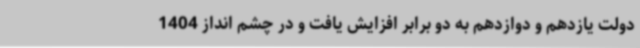
دولت یازدهم و دوازدهم به دو برابر افزایش یافت و در چشم انداز 1404